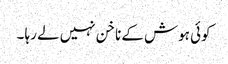
کوئی ہوش کے ناخن نہیں لے رہا ۔